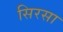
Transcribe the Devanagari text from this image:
सिरसा